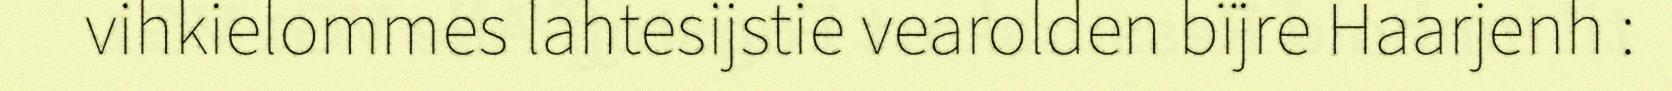
vihkielommes lahtesijstie vearolden bïjre Haarjenh :